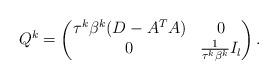
LaTeX: \begin{align*}Q^k=\begin{pmatrix}\tau^k\beta^k(D-A^TA)&0\\0&\frac{1}{\tau^k\beta^k}I_l\end{pmatrix}.\end{align*}